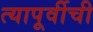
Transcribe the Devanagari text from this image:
त्यापूर्वीची